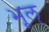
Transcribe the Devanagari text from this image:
भूल्